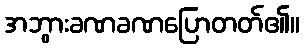
အဘွားခဏခဏပြောတတ်၏။